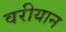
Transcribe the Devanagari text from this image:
वरीयान